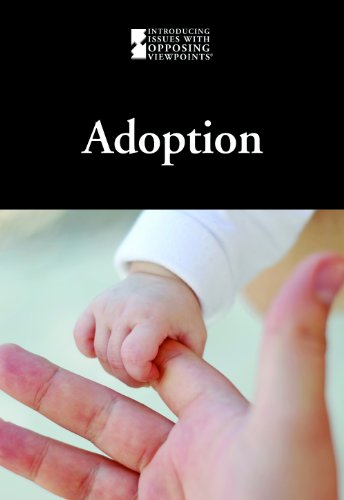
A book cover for Adoption (Introducing Issues With Opposing Viewpoints); Jacqueline Langwith; Teen & Young Adult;